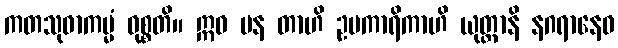
ကတသုဓာကမ္မံ ဝုစ္စတိ။ ဣဓ ပန တာဟိ ဥပကာရိကာဟိ ယုတ္တာနိ နဂရာနေဝ